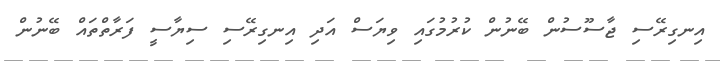
އިނގިރޭސި ޖާސޫސުން ބޭނުން ކުރުމުގައި ވިޔަސް އަދި އިނގިރޭސި ސިޔާސީ ފަރާތްތައް ބޭނުން